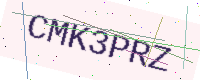
Text: CMK3PRZ